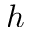
h